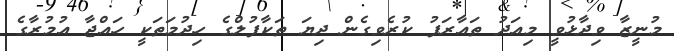
މުނީޒާ ވިދާޅުވީ މިއަދު ތައާރަފު ކުރެވިގެން ދިޔަ ތަކާފުލްގެ ހިދުމަތަކީ ހައްޖާ އުމުރާގެ